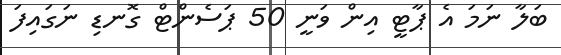
ބަލާ ނަމަ އެ ޕާޓީ އިން ވަނީ 50 ޕަސެންޓް ގޮނޑި ނަގައިފަ